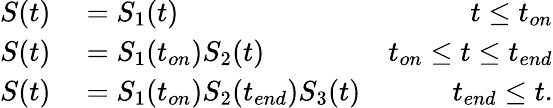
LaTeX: \begin{array}{rlr}{S(t)}&{{}=S_{1}(t)}&{t\leq t_{on}}\\ {S(t)}&{{}=S_{1}(t_{on})S_{2}(t)}&{t_{on}\leq t\leq t_{end}}\\ {S(t)}&{{}=S_{1}(t_{on})S_{2}(t_{end})S_{3}(t)}&{t_{end}\leq t.}\end{array}